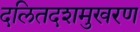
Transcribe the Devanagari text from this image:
दलितदशमुखरण